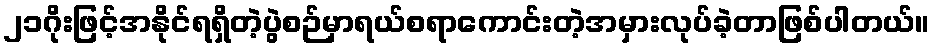
၂၁ဂိုးဖြင့်အနိုင်ရရှိတဲ့ပွဲစဉ်မှာရယ်စရာကောင်းတဲ့အမှားလုပ်ခဲ့တာဖြစ်ပါတယ်။